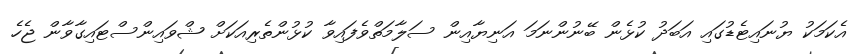
އެކަމަކު ޔުނައިޓެޑުގައި އަބަދު ކުޅެން ބޭނުންނަމަ އަނިޔާއިން ސަލާމަތްވެފައިވާ ކުޅުންތެރިއަކަށް ޝްވައިންސްޓައިގާވާން ޖެހެ